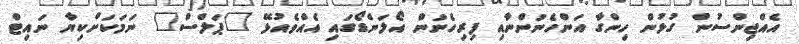
އެއްޖިންސުން ގުޅުން ހިންގާ އަންހެނުންނާއި ފިރިހެނުން އޯލަންޑޯގައި އެއްވެއުޅޭ "ޕަލްސް" ނަމަކަށްކިޔާ ނައިޓް